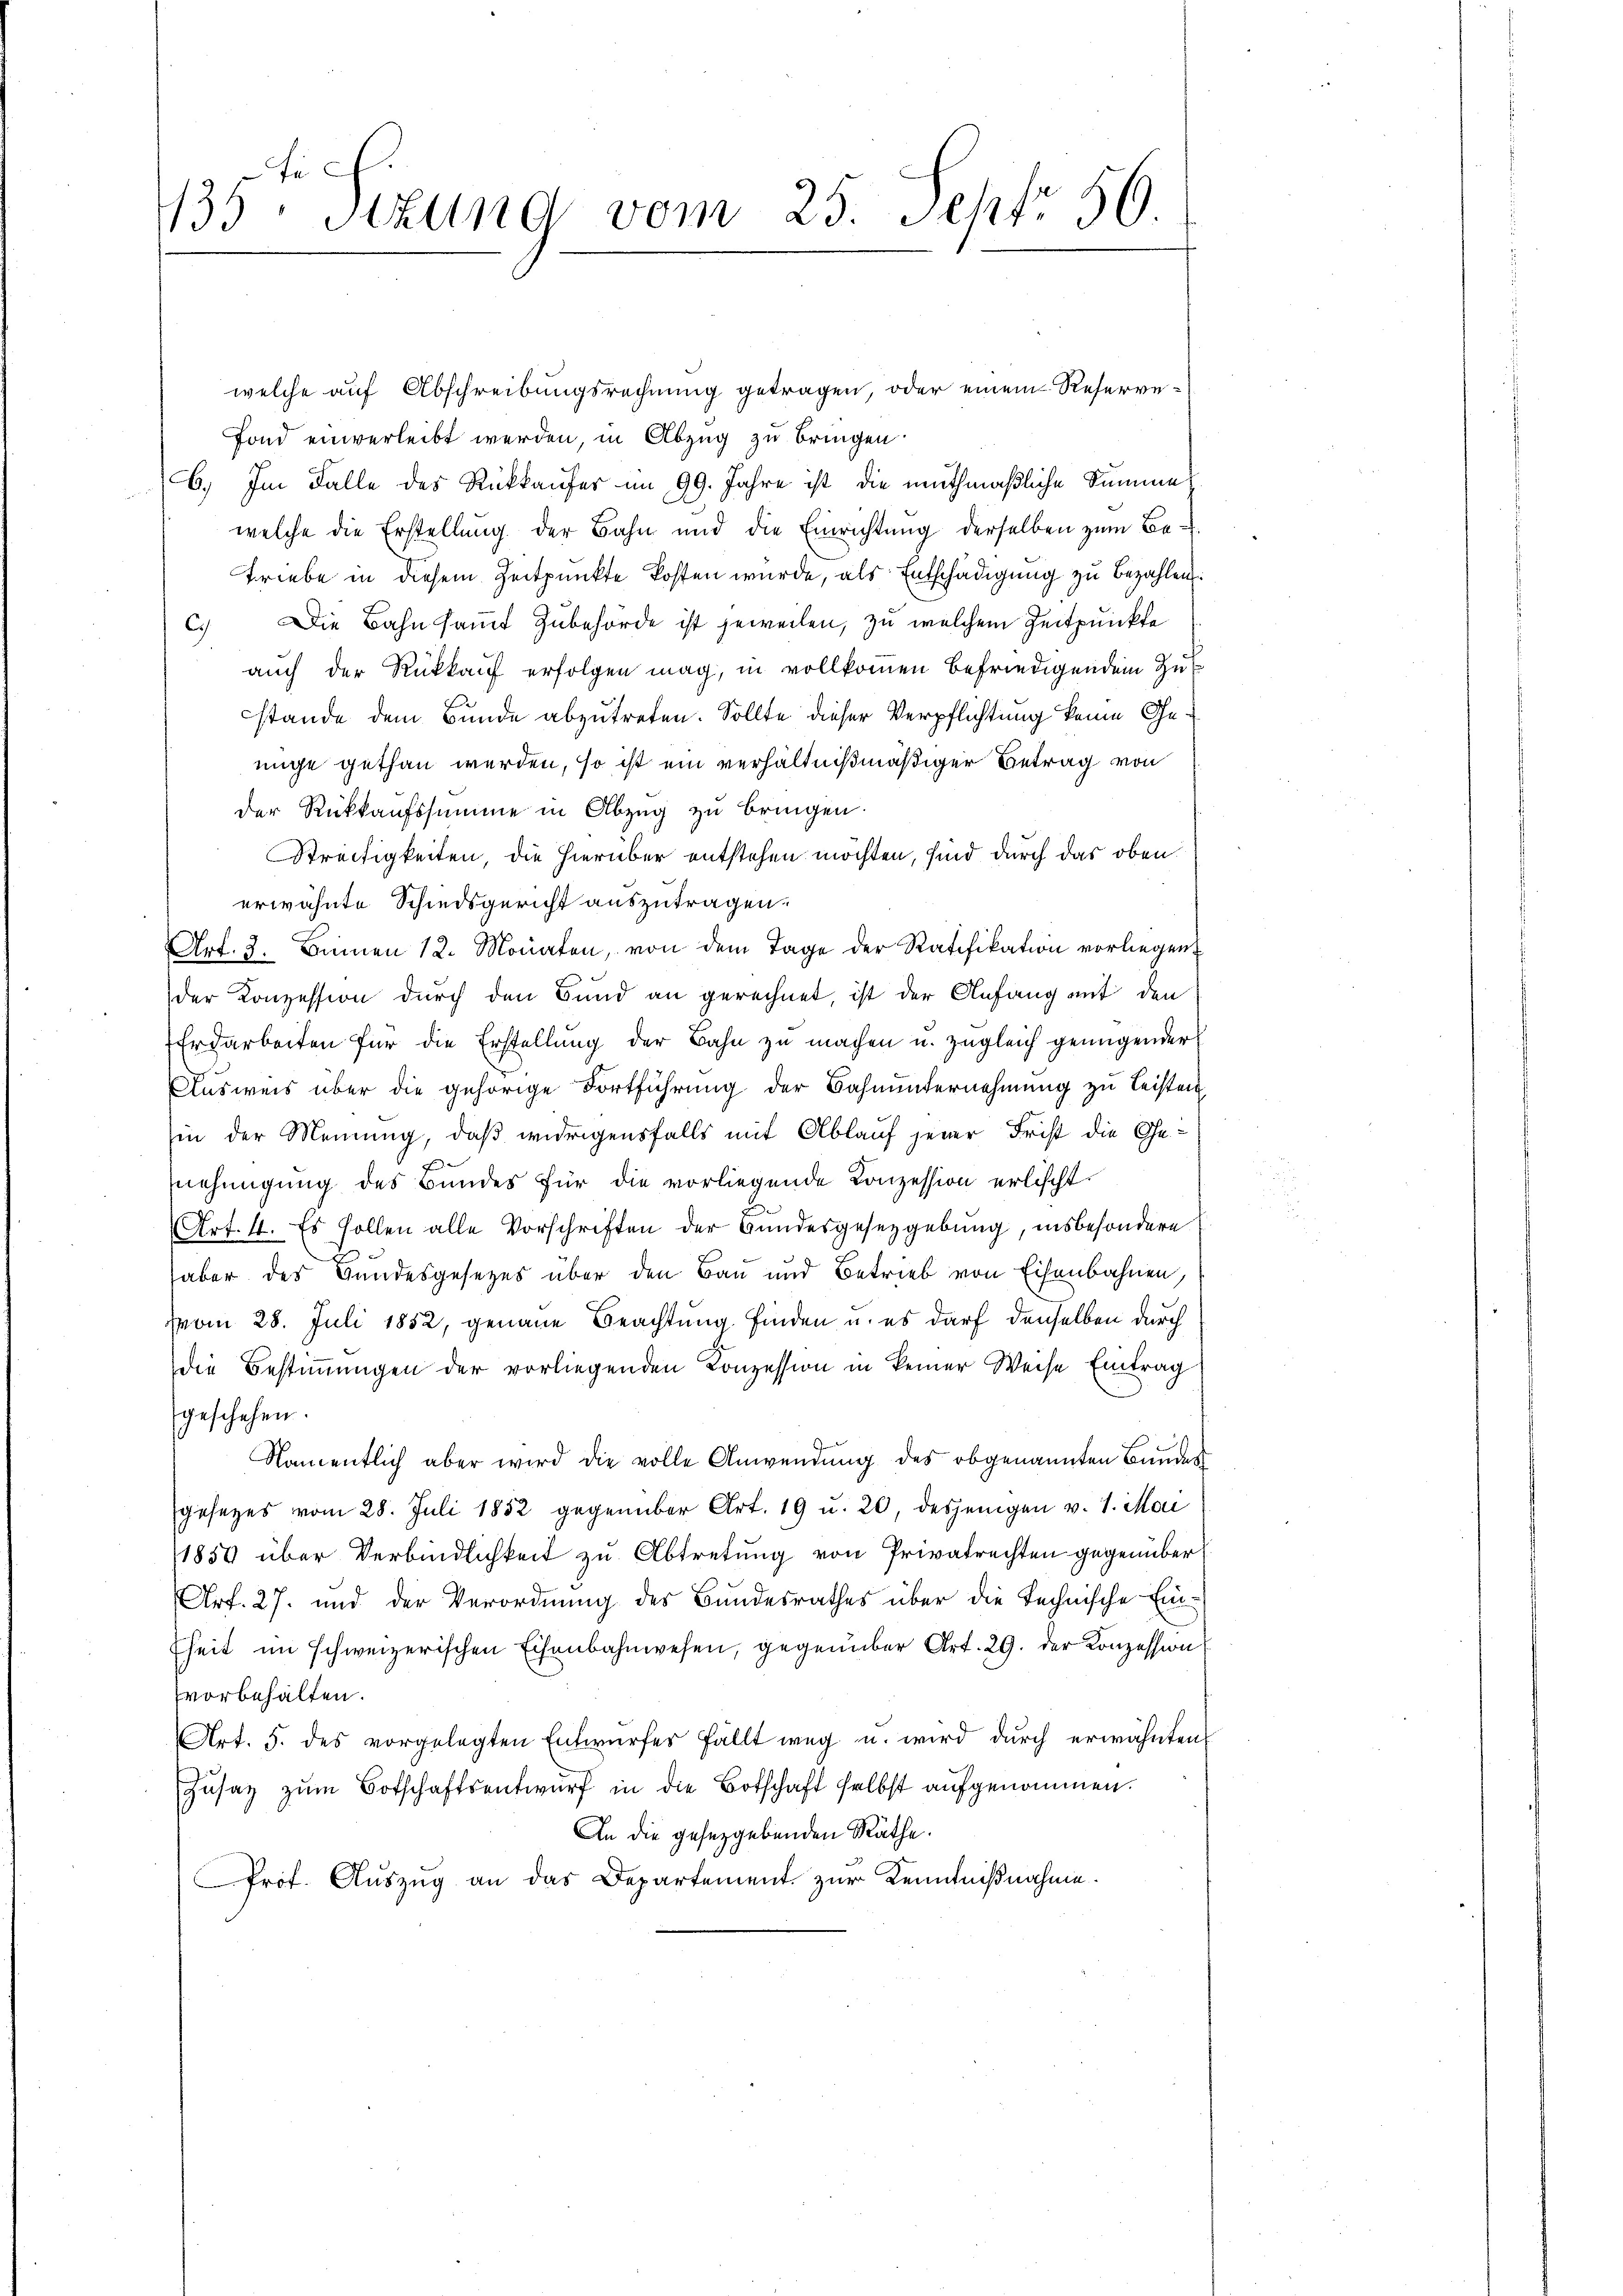
Fr
135. Sekung vom 25. Sept. 56

welche auf Abschreibungsrechnung getragen, oder einem Reserve¬
Fond einverleibt werden, in Abzug zu bringen.
6.) Im Falle des Rückkaufer im 99. Jahre ist die muthmaßliche Summe
welche die Erstellung der Bahn und die Einrichtung derselben zum Be¬
Triebe in diesem Zeitpunkte kosten wurde, als Entschädigung zu bezahlen.
c. Die Bahn samt Zubehörde ist jeweilen, zu welchem Zeitpunkte
auch der Rückkauf erfolgen mag, in vollkommen befriedigendem Zus
stande dem Bunde abzutreten. Sollte dieser Verpflichtung keine Genige gethan werden, so ist ein verhältnißmäßiger Betrag von
der Rückkaufssumme in Abzug zu bringen.
Streitigkeiten, die hierüber entstehen möchten, sind durch das oben.
erwähnte Schiedsgericht auszutragen.
Art. 3. Binnen 12. Monaten, von dem Tage der Ratifikation vorliegen
der Konzession durch den Bund an gerechnet, ist der Anfang mit den
Erdarbeiten für die Erstellung der Bahn zu machen u. zugleich genügender
Ausweis über die gehörige Fortführung der Bahnunternehmung zu Leisten
in der Meinung, daß widrigensfalls mit Ablauf jener Frist die Genehmigung des Bundes für die vorliegende Konzession erlischt
Art. 4. Es sollen alle Vorschriften der Bundesgesetzgebung, insbesondere
aber des Bundesgesetzes über den Bau und Betrieb von Eisenbahnen,
vom 28. Juli 1852, genaue Beachtung finden u. es darf denselben durch
die Bestimmungen der vorliegenden Conzession in keiner Weise Eintrag
geschehen.
Namentlich aber wird die volle Anwendung des obgenannten Bundes
gesezes vom 28. Juli 1852 gegenüber Art. 19 u. 20, desjenigen v. 1. Mai
1857 über Verbindlichkeit zu Abtretung von Privatrechten gegenüber
Art. 27. und der Verordnung des Bundesrathes über die technische Ein-
fheit im schweizerischen Eisenbahnwesen, gegenüber Art. 29. der Konzession
vorbehalten.
Art. 5. des vorgelegten Entwurfes fällt weg u. wird durch erwähnten
Zusatz zum Botschaftsentwurf in die Botschaft selbst aufgenommen.
An die gesetzgebenden Räthe.
Prof. Auszug an das Departement zur Kenntnißnahme.